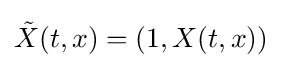
{\tilde {X}}(t,x)=(1,X(t,x))